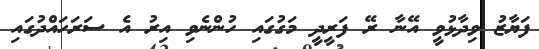
ފަޔާޒު ވިދާޅުވީ އޭނާ ރޭ ފަރީދީ މަގުގައި ހުންނެވި އިރު އެ ސަރަހައްދުގައި